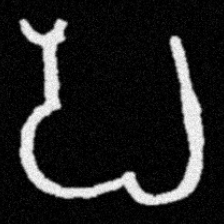
Pyu character \u2014 Myanmar letter: ပ (romanized: pa)